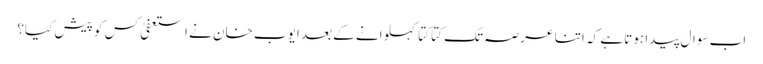
اب سوال پیدا ہوتا ہے کہ اتنا عرصہ تک کتا کتا کہلوانے کے بعد ایوب خان نے استعفیٰ کس کو پیش کیا؟